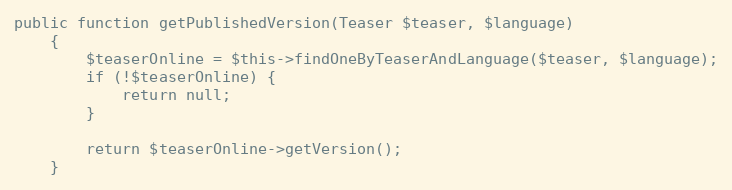
Language: PHP
public function getPublishedVersion(Teaser $teaser, $language)
    {
        $teaserOnline = $this->findOneByTeaserAndLanguage($teaser, $language);
        if (!$teaserOnline) {
            return null;
        }

        return $teaserOnline->getVersion();
    }